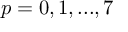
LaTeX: p = 0 , 1 , . . . , 7